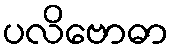
ပလိဗောဓာ